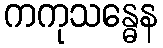
ကကုသန္ဓေန